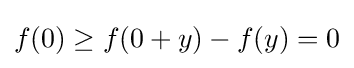
f(0)\geq f(0+y)-f(y)=0